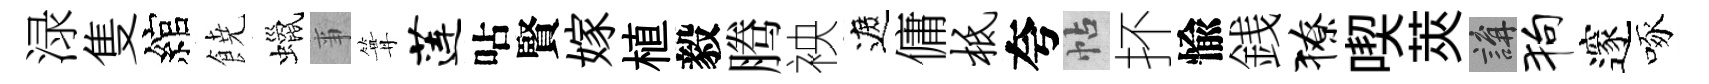
渌隻綰𩜙蠟亊篝莲呫賢嫁植毅腾䘧遮傭柢夸帖抔愉銭獠喫莢講狗邃啄